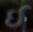
ઈ